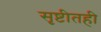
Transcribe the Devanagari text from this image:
सृष्टीतही